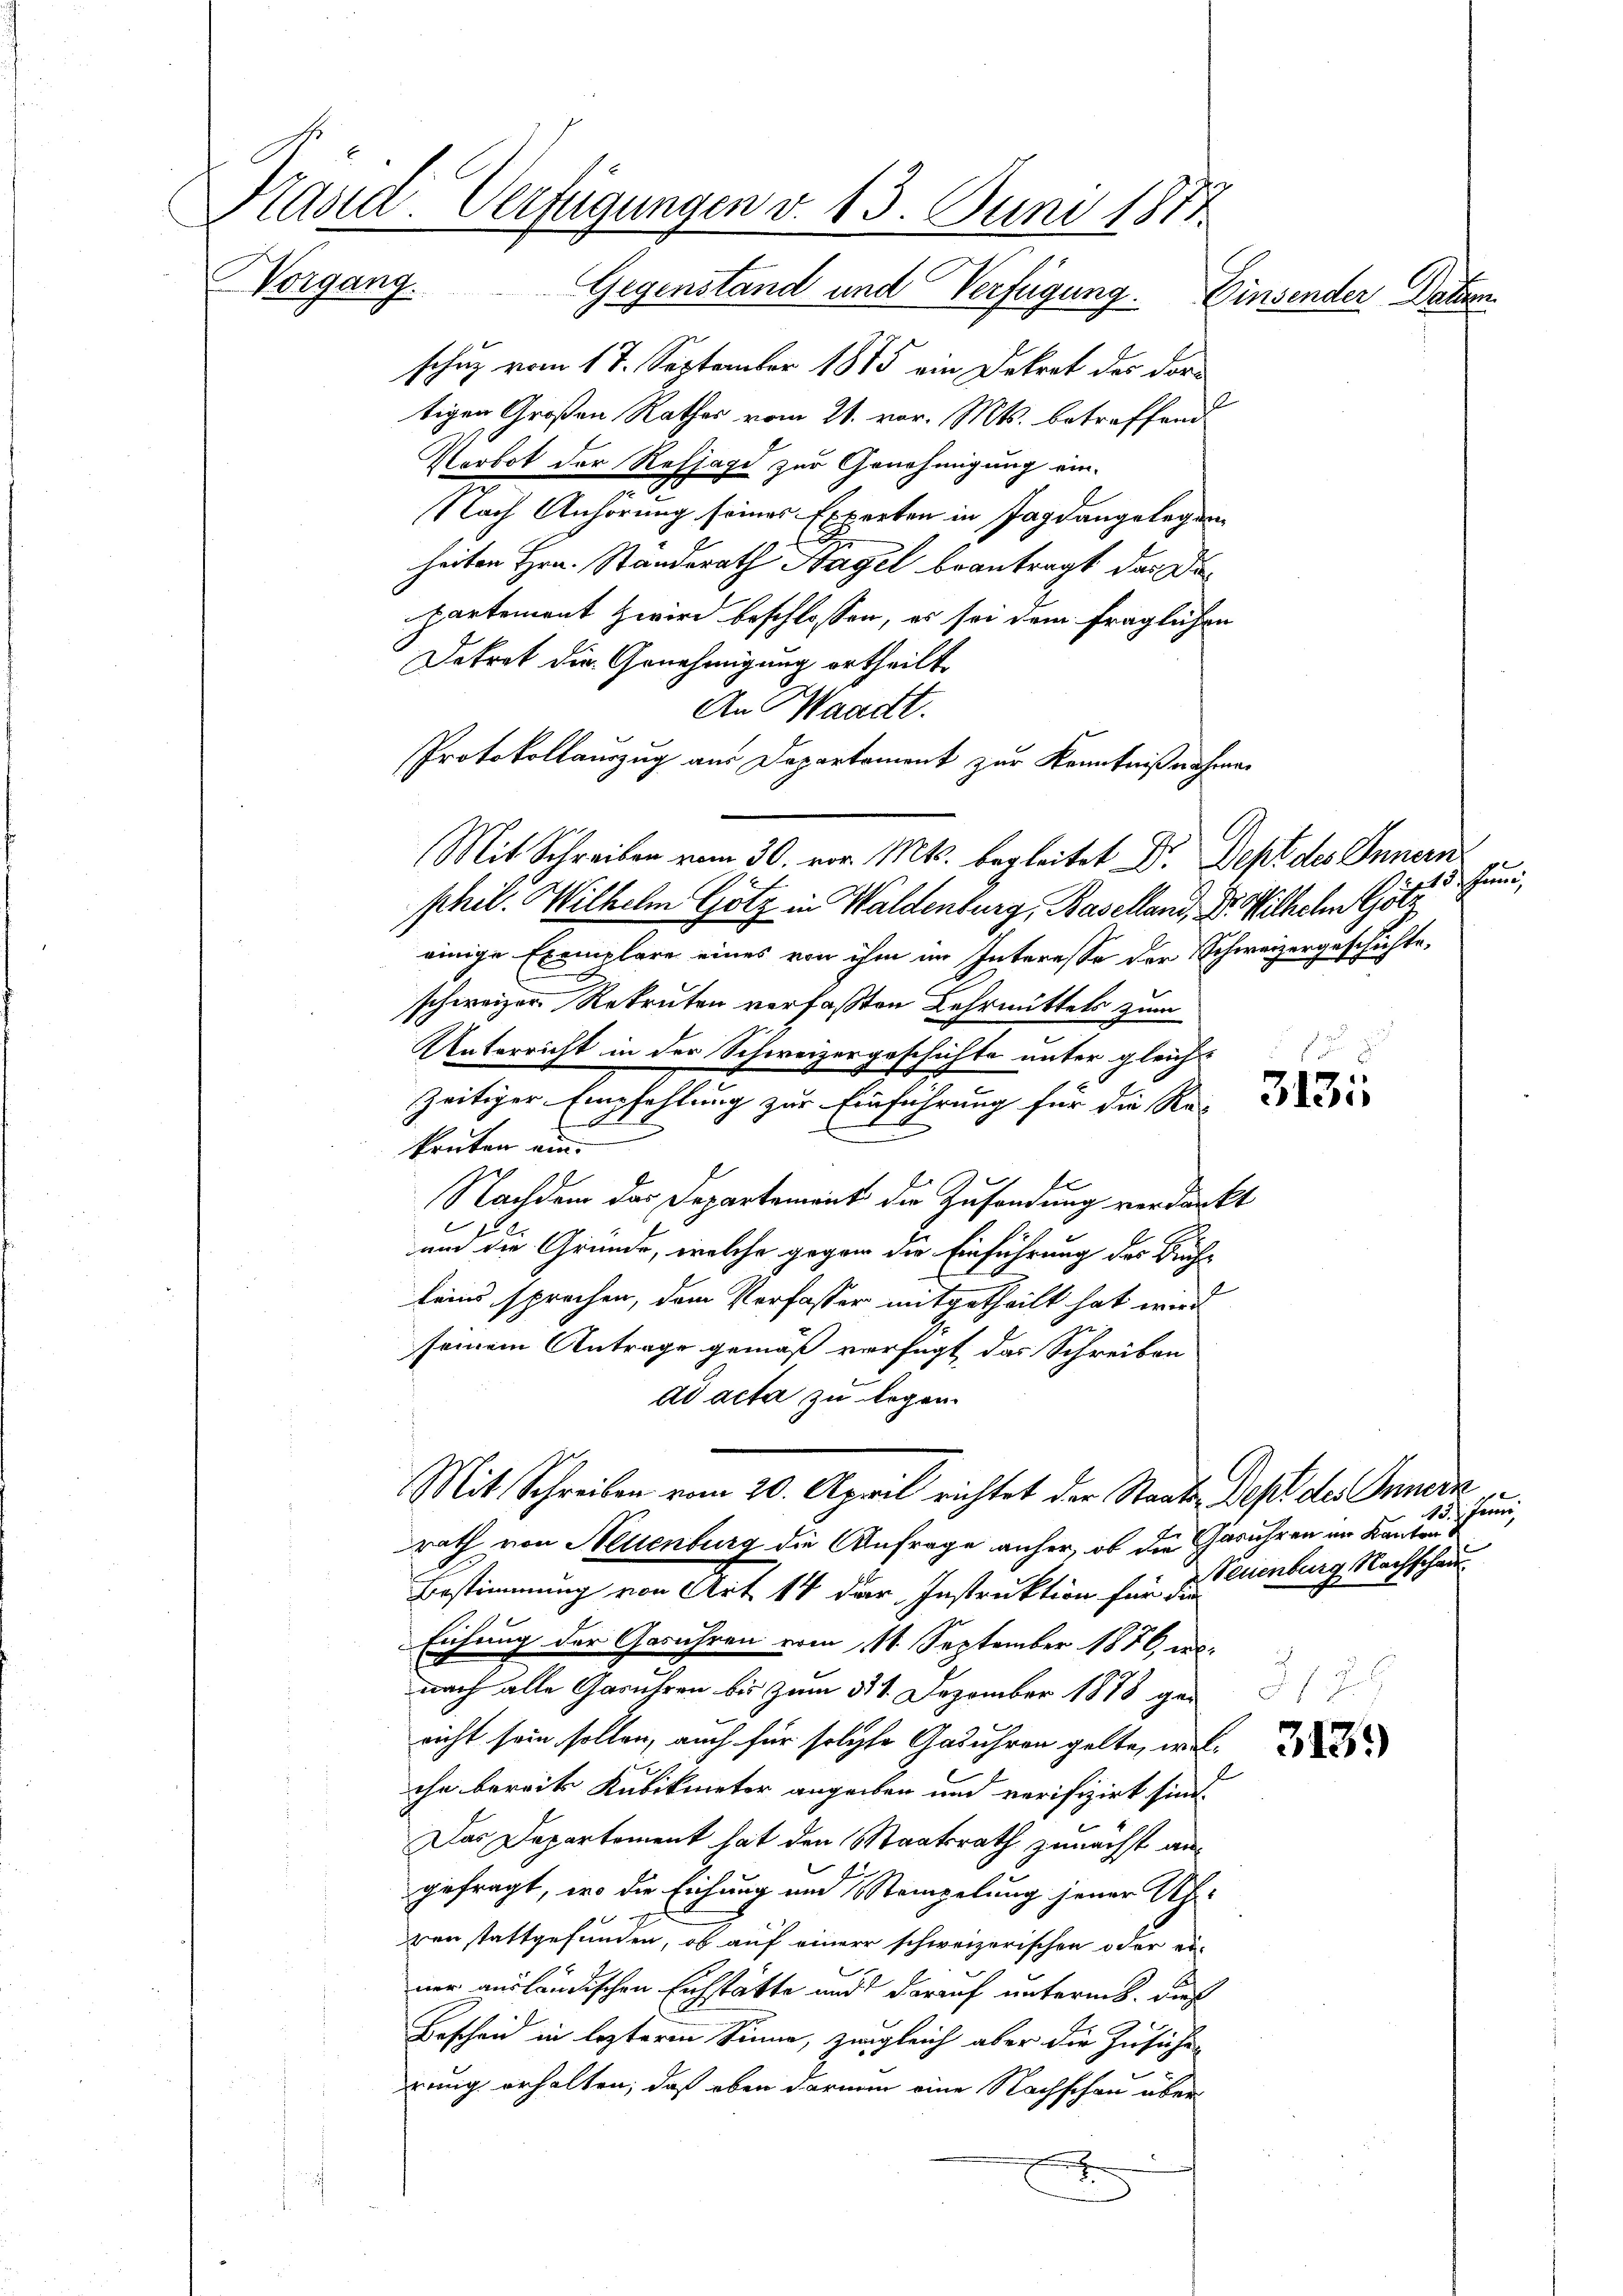
Präsid. Verfügungen v. 13. Juni 1814
Vorgang. Gegenstand und Verfügung.

schuz vom 17. September 1875 ein Dekret des dortigen Großen Rathes vom 21. vor. Mts. betreffend
Verbot der Refjage zur Genehmigung ein-
Nach Anhörung seines Experten in Jagdangelegenheiten Hrn. Standerath Hagel beantragt das Departement zwird beschlossen, es sei dem fraglichen
Dekret die Genehmigung ertheilt
An Waadt.
Protokollauszug aus Departement zur Kenntnißnahmen
Mit Schreiben vom 30. vor. Mts. begleitet Dr. Dept des Innern
phil. Wilhelm Götz in Waldenburg, Baselland, Dr. Wilhelm Götz
einige Exemplare eines von ihm im Interesse der Schweizergeschichte,
schweizer Rekruten verfaßten Lehrmittels zum
Unterricht in der Schweizergeschichte unter gleichs
zeitiger Empfehlung zur Einführung für die Re-
kruten ein.
Nachdem das Departement der Zusendung verdankt
un die Gründe, welche gegen die Einführung der Bruchs
leins sprechen, dem Verfasser mitgetheilt hat wird
seinem Antrage gemäß verfügt, das Schreiben
ad acta zu Regen.
Mit Schreiben vom 20. April richtet der Staats-Dept des Innern
rath von Neuenburg die Anfrage anher, ob die Gerühren im Kanton¬
Bestimmung von Art 14 der Instruktion für die
Eichung der Gerühren vom 11. September 1876 desnach alle Gerühren bis zum 311. Dezember 1878 gericht sein sollen, auch für solche Gebühren gelte, we
ihn bereits Kubikmeter angeben und verifizirt sind.
Das Departement hat den Staatsrath zunächst angefragt, wo die Eichung und Stempelung jener Uh
ren stattgefunden, ob auf einer schweizerischen oder ei-
ner ausländischen Eichstätte und darauf unterm 8. dieß
Bescheid in lezteren Sinne, zugleich aber die Zusichen
wenig erhalten, daß eben darum eine Nachschau über
x

E

Einsender Datum

hun

f
3131

13. Jenni
Neuenburg Nachschau

u

1